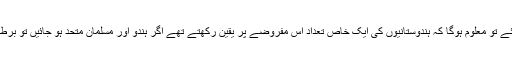
انگریز کے دور اقتدار میں اگر ہندوستانیوں کی سیاست کا تجزیہ کیا جائے تو معلوم ہوگا کہ ہندوستانیوں کی ایک خاص تعداد اس مفروضے پر یقین رکھتے تھے اگر ہندو اور مسلمان متحد ہو جائیں تو برطانوی سامراجیت کا خاتمہ اور غلامی کی زنجیروں کو توڑنا ممکن ہے۔